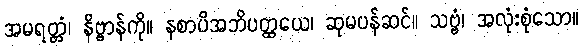
အမရတ္တံ၊ နိဗ္ဗာန်ကို။ နစာပိအဘိပတ္ထယေ၊ ဆုမပန်ဆင်။ သဗ္ဗံ၊ အလုံးစုံသော။